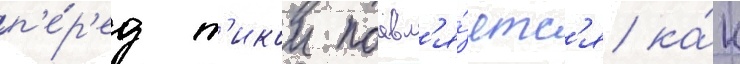
п'е́р'ед т'икои поавл'я́етс'я ка́к